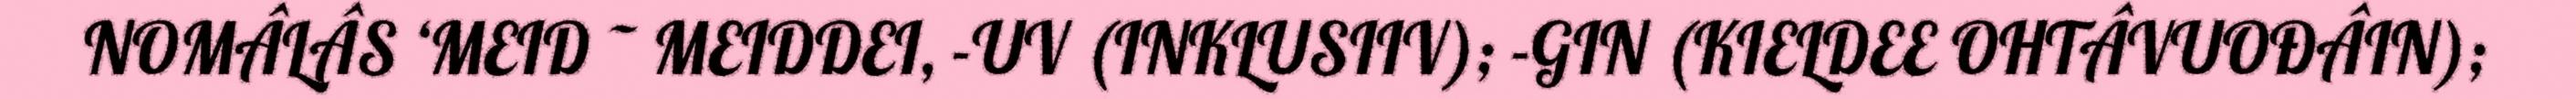
NOMÂLÂS ‘MEID ~ MEIDDEI, -UV (INKLUSIIV); -GIN (KIELDEE OHTÂVUOĐÂIN);